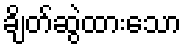
ချိတ်ဆွဲထားသော